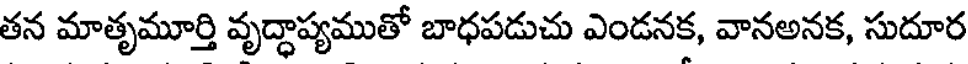
తన మాతృమూర్తి వృద్ధాప్యముతో బాధపడుచు ఎండనక, వానఅనక, సుదూర